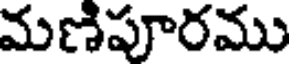
మణిపూరము